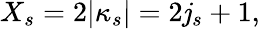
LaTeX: X_{s}=2|\kappa_{s}|=2\mathit{j}_{s}+1,